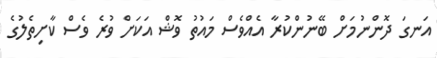
އަނގަ ދޮންނުމަށް ބޭނުންކުރާ އެއްވެސް މައުތު ވޮޝް އަކަށް ވުރެ ވެސް ކާށިތެލުގެ